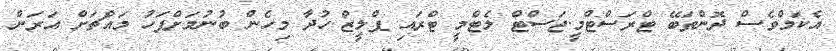
އެކަމްވެސް ދޮންތަބޭ ޓްރަސްޓްމީ.ޖަސްޓް ލެޓްމީ ޓްރައި ޕްލީޒް.ހުދާ މިހެން ބުނުމަށްފަހު މައްޗަށް އަރަން